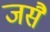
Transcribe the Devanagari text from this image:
जसै